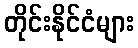
တိုင်းနိုင်ငံများ